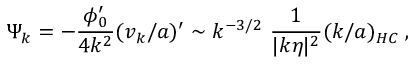
\Psi _ { k } = - \frac { \phi _ { 0 } ^ { \prime } } { 4 k ^ { 2 } } ( v _ { k } / a ) ^ { \prime } \sim k ^ { - 3 / 2 } ~ \frac { 1 } { | k \eta | ^ { 2 } } ( k / a ) _ { H C } \; ,